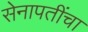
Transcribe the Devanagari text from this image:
सेनापतींचा